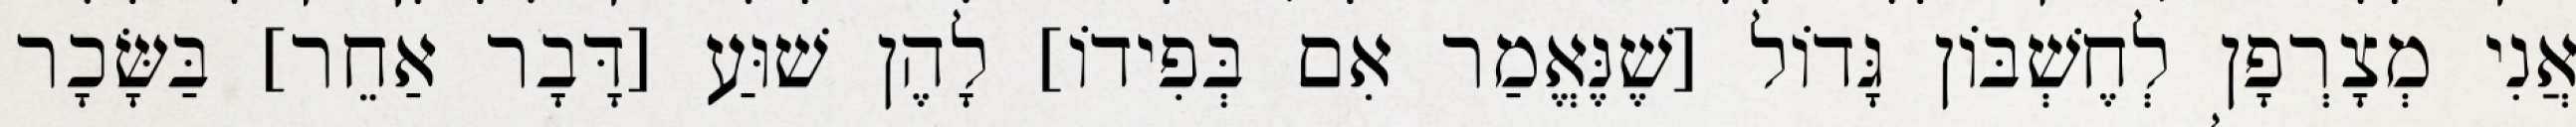
אֲנִי מְצָרְפָן לְחֶשְׁבּוֹן גָּדוֹל [שֶׁנֶּאֱמַר אִם בְּפִידוֹ] לָהֶן שׁוּעַ [דָּבָר אַחֵר] בַּשָּׂכָר